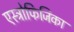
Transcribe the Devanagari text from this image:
एस्ट्रोफिजिका